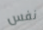
نفس